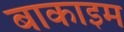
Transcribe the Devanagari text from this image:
बाकाइम